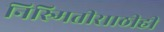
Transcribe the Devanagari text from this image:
निस्र्मितीसाठीही